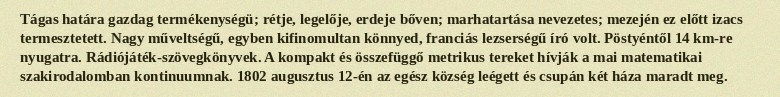
Tágas határa gazdag termékenységü; rétje, legelője, erdeje bőven; marhatartása nevezetes; mezején ez előtt izacs termesztetett. Nagy műveltségű, egyben kifinomultan könnyed, franciás lezserségű író volt. Pöstyéntől 14 km-re nyugatra. Rádiójáték-szövegkönyvek. A kompakt és összefüggő metrikus tereket hívják a mai matematikai szakirodalomban kontinuumnak. 1802 augusztus 12-én az egész község leégett és csupán két háza maradt meg.